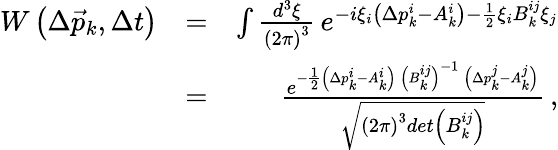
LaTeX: \begin{array}{rlr}{W\left(\Delta\vec{p}_{k},\Delta t\right)}&{=}&{\int\frac{d^{3}\xi}{\left(2\pi\right)^{3}}\, e^{-i\xi_{i}\left(\Delta p_{k}^{i}-A_{k}^{i}\right)-\frac{1}{2}\xi_{i}B_{k}^{ij}\xi_{j}}}\\ &{=}&{\frac{e^{-\frac{1}{2}\left(\Delta p_{k}^{i}-A_{k}^{i}\right)\, \left(B_{k}^{ij}\right)^{-1}\, \left(\Delta p_{k}^{j}-A_{k}^{j}\right)}}{\sqrt{\left(2\pi\right)^{3}det\left(B_{k}^{ij}\right)}}\, ,}\end{array}